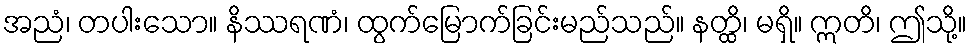
အညံ၊ တပါးသော။ နိဿရဏံ၊ ထွက်မြောက်ခြင်းမည်သည်။ နတ္ထိ၊ မရှိ။ ဣတိ၊ ဤသို့။